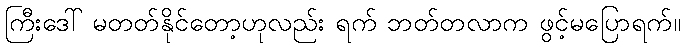
ကြီးဒေါ် မတတ်နိုင်တော့ဟုလည်း ရက် ဘတ်တလာက ဖွင့်မပြောရက်။